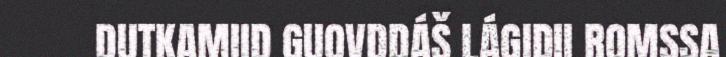
DUTKAMIID GUOVDDÁŠ LÁGIDII ROMSSA